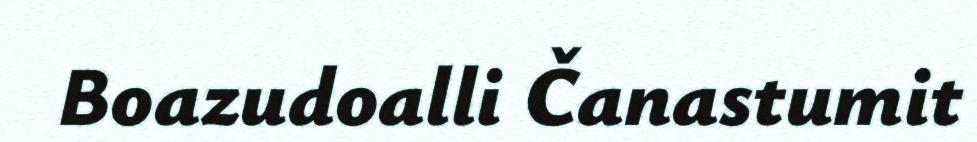
Boazudoalli Čanastumit